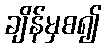
ချိန်မှစ၍